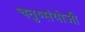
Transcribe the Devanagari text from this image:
चतुष्संयोजी